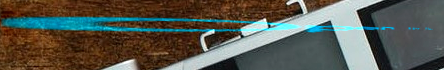
Open 24 Hours